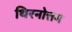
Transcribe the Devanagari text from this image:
थिरनोत्तम